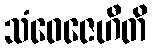
သံဝေဇေဟီတိ